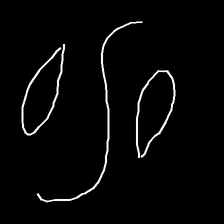
Glyph: water